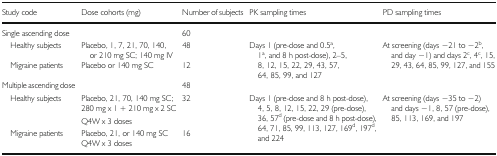
| Study code | Dose cohorts (mg) | Number of subjects | PK sampling times | PD sampling times |
 | --- | --- | --- | --- | --- |
 | Single ascending dose |  | 60 |  |  |
 | Healthy subjects | Placebo, 1, 7, 21, 70, 140, or 210 mg SC; 140 mg IV | 48 | <ROWSPAN=2> Days 1 (pre-dose and 0.5a, 1a, and 8 h post-dose), 2–5, 8, 12, 15, 22, 29, 43, 57, 64, 85, 99, and 127 | <ROWSPAN=2> At screening (days −21 to −2b, and day −1) and days 2c, 4c, 15, 29, 43, 64, 85, 99, 127, and 155 |
 | Migraine patients | Placebo or 140 mg SC | 12 |
 | Multiple ascending dose |  | 48 |  |  |
 | <ROWSPAN=3> Healthy subjects | Placebo, 21, 70, 140 mg SC; | <ROWSPAN=3> 32 | <ROWSPAN=5> Days 1 (pre-dose and 8 h post-dose), 4, 5, 8, 12, 15, 22, 29 (pre-dose), 36, 57d (pre-dose and 8 h post-dose), 64, 71, 85, 99, 113, 127, 169d, 197d, and 224 | <ROWSPAN=5> At screening (days −35 to −2) and days −1, 8, 57 (pre-dose), 85, 113, 169, and 197 |
 | 280 mg x 1 + 210 mg x 2 SC |
 | Q4W x 3 doses |
 | <ROWSPAN=2> Migraine patients | Placebo, 21, or 140 mg SC | <ROWSPAN=2> 16 |
 | Q4W x 3 doses |